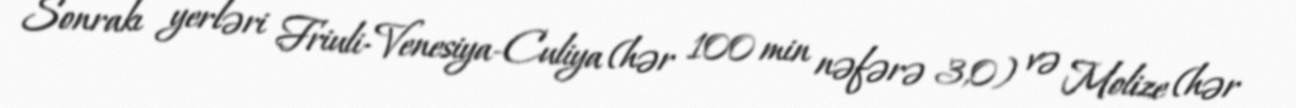
Sonrakı yerləri Friuli-Venesiya-Culiya (hər 100 min nəfərə 3,0) və Molize (hər